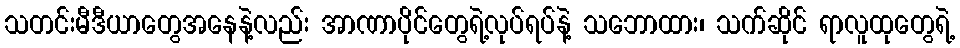
သတင်းမီဒီယာတွေအနေနဲ့လည်း အာဏာပိုင်တွေရဲ့လုပ်ရပ်နဲ့ သဘောထား၊ သက်ဆိုင် ရာလူထုတွေရဲ့